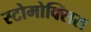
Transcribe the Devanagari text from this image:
स्टोमोक्सिस